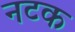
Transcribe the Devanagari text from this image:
नटक